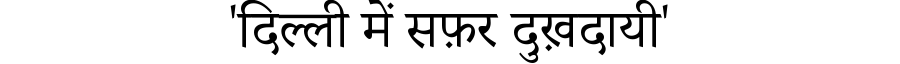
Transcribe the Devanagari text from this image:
'दिल्ली में सफ़र दुख़दायी'